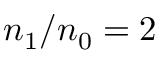
n _ { \mathrm { 1 } } / n _ { \mathrm { 0 } } = 2